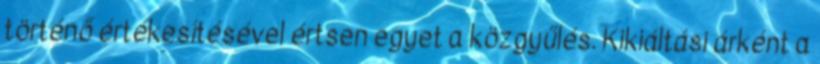
történő értékesítésével értsen egyet a közgyűlés. Kikiáltási árként a